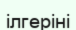
ілгеріні